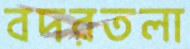
বদরতলা